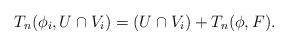
LaTeX: \begin{align*}T_n(\phi_i,U\cap V_i)=(U\cap V_i)+T_n(\phi,F).\end{align*}